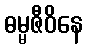
ဓမ္မဇီဝိနေ